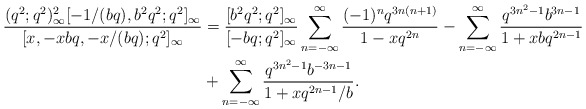
\begin{align*} \frac{(q^2;q^2)_\infty^2[-1/(bq), b^2q^2;q^2]_\infty}{[x, -xbq, -x/(bq);q^2]_\infty}&= \frac{[b^2q^2;q^2]_\infty}{[-bq;q^2]_\infty} \sum_{n=-\infty}^{\infty}\frac{(-1)^{n}q^{3n(n+1)}}{1-xq^{2n}}-\sum_{n=-\infty}^{\infty}\frac{q^{3n^2-1}b^{3n-1}}{1+xbq^{2n-1}} \\&+\sum_{n=-\infty}^{\infty}\frac{q^{3n^2-1}b^{-3n-1}}{1+xq^{2n-1}/b}.\end{align*}